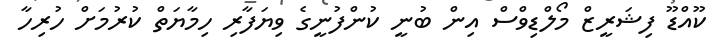
ކޫއްޑޫ ފިޝަރީޒް މޯލްޑިވްސް އިން ބުނީ ކުންފުނީގެ ވިޔަފާރި ހިމާޔަތް ކުރުމަށް ހުރިހާ